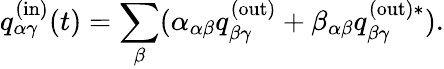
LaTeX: q_{\alpha\gamma}^{\mathrm{(in)}}(t)=\sum_{\beta}(\alpha_{\alpha\beta}q_{\beta\gamma}^{\mathrm{(out)}}+\beta_{\alpha\beta}q_{\beta\gamma}^{\mathrm{(out)}\ast}).